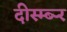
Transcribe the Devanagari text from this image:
दीस्म्ब्र्‍र